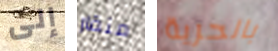
إلى منقار بالحرية